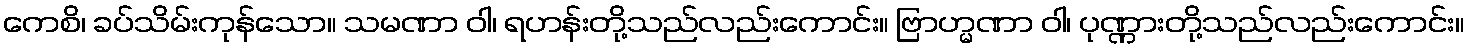
ကေစိ၊ ခပ်သိမ်းကုန်သော။ သမဏာ ဝါ၊ ရဟန်းတို့သည်လည်းကောင်း။ ဗြာဟ္မဏာ ဝါ၊ ပုဏ္ဏားတို့သည်လည်းကောင်း။